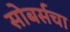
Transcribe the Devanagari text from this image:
सोबर्सचा